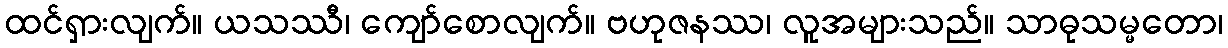
ထင်ရှားလျက်။ ယသဿီ၊ ကျော်စောလျက်။ ဗဟုဇနဿ၊ လူအများသည်။ သာဓုသမ္မတော၊